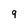
Character: 9